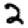
Digit: 2